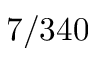
7 / 3 4 0